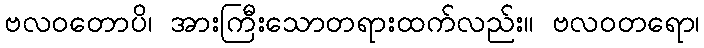
ဗလဝတောပိ၊ အားကြီးသောတရားထက်လည်း။ ဗလဝတရော၊